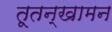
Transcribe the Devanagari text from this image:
तूतन्खामन